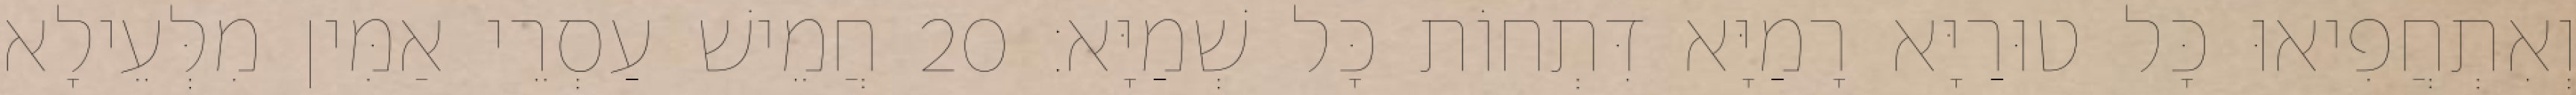
וְאִתְחֲפִיאוּ כָּל טוּרַיָּא רָמַיָּא דִּתְחוֹת כָּל שְׁמַיָּא׃ 20 חֲמֵישׁ עַסְרֵי אַמִּין מִלְּעֵילָא